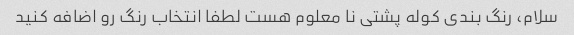
سلام، رنگ بندی کوله پشتی نا معلوم هست لطفا انتخاب رنگ رو اضافه کنید